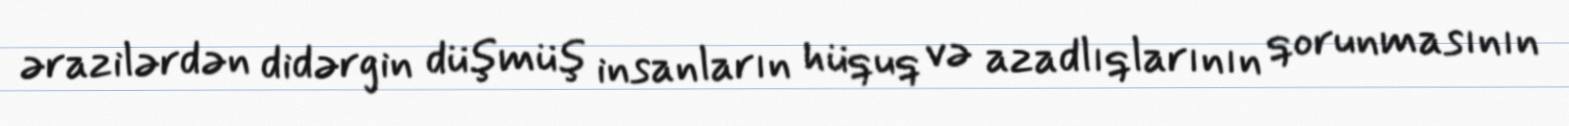
ərazilərdən didərgin düşmüş insanların hüquq və azadlıqlarının qorunmasının